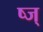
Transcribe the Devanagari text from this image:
ष्ज्